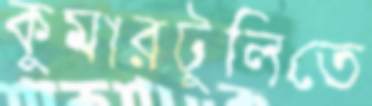
কুমারটুলিতে